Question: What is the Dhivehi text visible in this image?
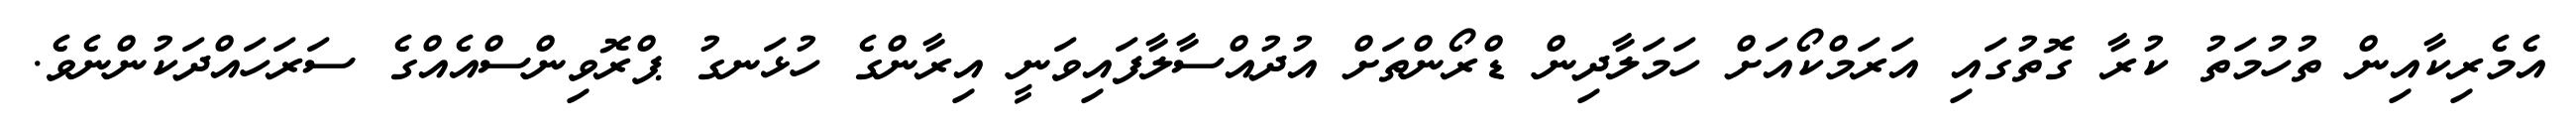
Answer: އެމެރިކާއިން ތުހުމަތު ކުރާ ގޮތުގައި އަރަމްކޯއަށް ހަމަލާދިން ޑްރޯންތަށް އުދުއްސާލާފައިވަނީ އިރާންގެ ހުޅަނގު ޕްރޮވިންސްއެއްގެ ސަރަހައްދަކުންނެވެ.